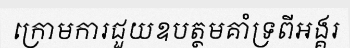
ក្រោមការជួយឧបត្ថមគាំទ្រពីអង្គរ